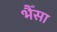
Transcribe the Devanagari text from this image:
भैँसा